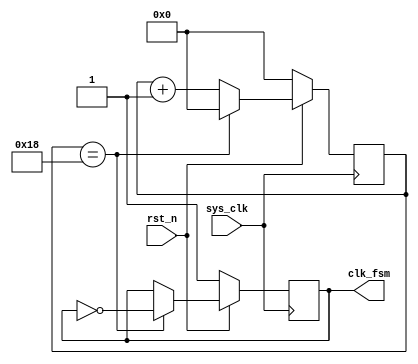
`timescale 1ns / 1ps
//////////////////////////////////////////////////////////////////////////////////
// Company: 
// Engineer: 
// 
// Design Name: 
// Module Name: clk_div
// Project Name: 
// Target Devices: 
// Tool Versions: 
// Description: 
// 
// Dependencies: 
// 
// Revision:
// Revision 0.01 - File Created
// Additional Comments:
// 
//////////////////////////////////////////////////////////////////////////////////


module clk_div(
    input sys_clk,
    input rst_n,
    output clk_fsm
    );
    
    parameter DIVIDE_FACTOR = 24;//50M -> 1M

    reg [4:0] cnt;
    reg clk_fsm_reg;
    assign clk_fsm = clk_fsm_reg;

    always @(posedge sys_clk) begin
        if(!rst_n) begin
            cnt <= 5'd0;
        end
        else begin
            cnt <= (cnt == DIVIDE_FACTOR) ? 5'd0 : (cnt + 5'd1);
        end
    end

    always @(posedge sys_clk) begin
        if(!rst_n) begin
            clk_fsm_reg <= 1'b1;
        end
        else begin
            clk_fsm_reg <= (cnt == DIVIDE_FACTOR) ? (~clk_fsm_reg) : clk_fsm_reg;
        end
    end

endmodule